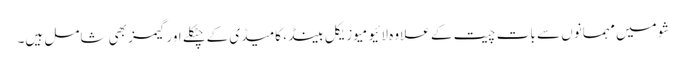
شو میں مہمانوں سے بات چیت کے علاوہ لائیو میوزیکل بینڈ، کامیڈی کےچٹکلے اور گیمز بھی شامل ہیں۔